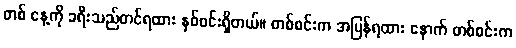
တစ် နေ့ကို ခရီးသည်တင်ရထား နှစ်စင်းရှိတယ်။ တစ်စင်းက အမြန်ရထား နောက် တစ်စင်းက